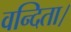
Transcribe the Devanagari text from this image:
वन्दिता।